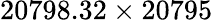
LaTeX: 20798.32\times 20795